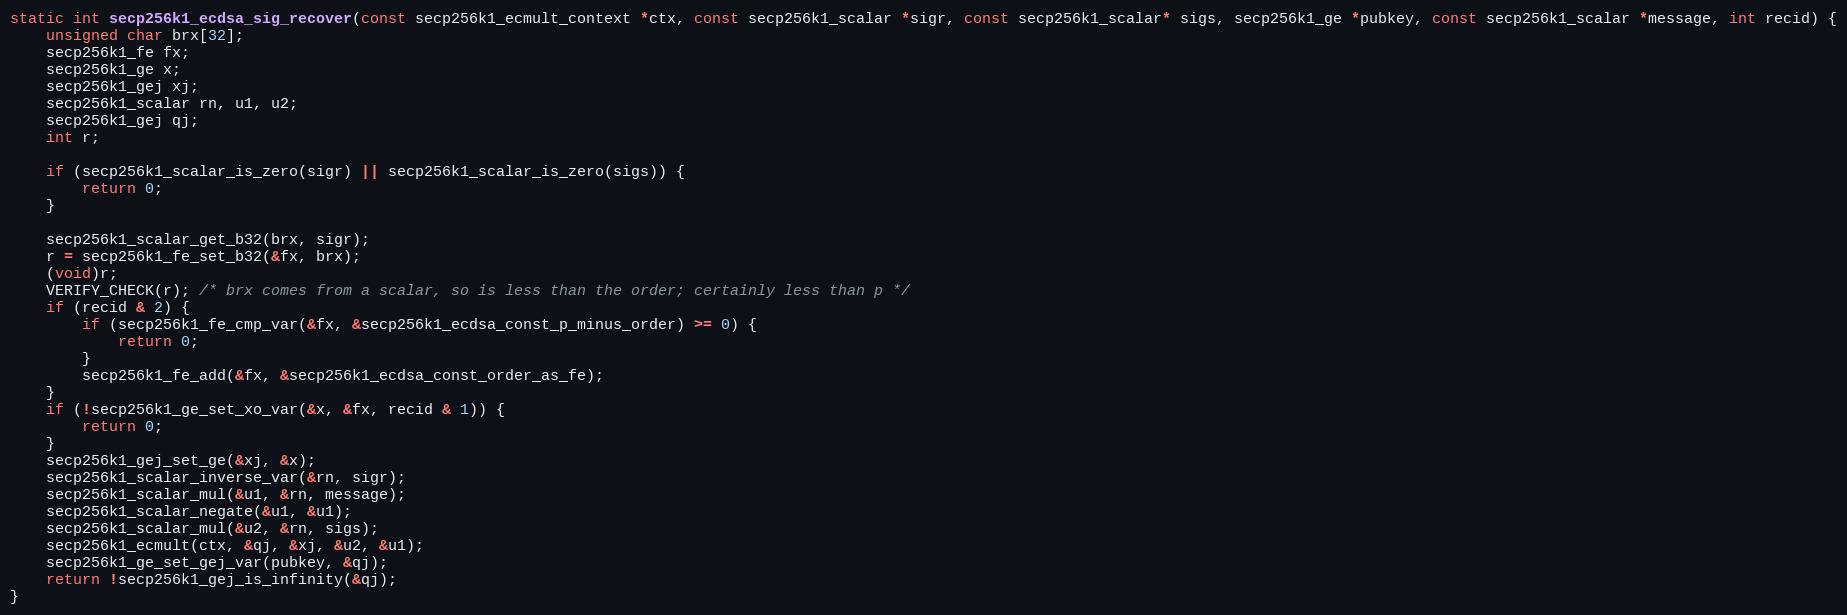
Language: C
static int secp256k1_ecdsa_sig_recover(const secp256k1_ecmult_context *ctx, const secp256k1_scalar *sigr, const secp256k1_scalar* sigs, secp256k1_ge *pubkey, const secp256k1_scalar *message, int recid) {
    unsigned char brx[32];
    secp256k1_fe fx;
    secp256k1_ge x;
    secp256k1_gej xj;
    secp256k1_scalar rn, u1, u2;
    secp256k1_gej qj;
    int r;

    if (secp256k1_scalar_is_zero(sigr) || secp256k1_scalar_is_zero(sigs)) {
        return 0;
    }

    secp256k1_scalar_get_b32(brx, sigr);
    r = secp256k1_fe_set_b32(&fx, brx);
    (void)r;
    VERIFY_CHECK(r); /* brx comes from a scalar, so is less than the order; certainly less than p */
    if (recid & 2) {
        if (secp256k1_fe_cmp_var(&fx, &secp256k1_ecdsa_const_p_minus_order) >= 0) {
            return 0;
        }
        secp256k1_fe_add(&fx, &secp256k1_ecdsa_const_order_as_fe);
    }
    if (!secp256k1_ge_set_xo_var(&x, &fx, recid & 1)) {
        return 0;
    }
    secp256k1_gej_set_ge(&xj, &x);
    secp256k1_scalar_inverse_var(&rn, sigr);
    secp256k1_scalar_mul(&u1, &rn, message);
    secp256k1_scalar_negate(&u1, &u1);
    secp256k1_scalar_mul(&u2, &rn, sigs);
    secp256k1_ecmult(ctx, &qj, &xj, &u2, &u1);
    secp256k1_ge_set_gej_var(pubkey, &qj);
    return !secp256k1_gej_is_infinity(&qj);
}